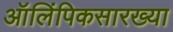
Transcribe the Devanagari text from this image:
ऑलिंपिकसारख्या